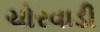
ચોરવાડી